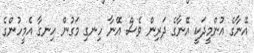
އޭނާގެ އުންމީދަކީ އޭނާގެ ދަރިން ވެސް އޭނާ ހިނގި މަގުން ހިނގާ އެމީހުންގެ